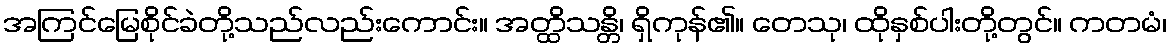
အကြင်မြေစိုင်ခဲတို့သည်လည်းကောင်း။ အတ္ထိသန္တိ၊ ရှိကုန်၏။ တေသု၊ ထိုနှစ်ပါးတို့တွင်။ ကတမံ၊